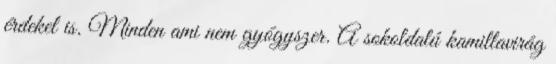
érdekel is. Minden ami nem gyógyszer. A sokoldalú kamillavirág